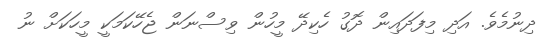
ދިނުމެވެ. އަދި މިފަދައިން ދޮގު ހެކިދޭ މީހުން ވިސްނަން ޖެހޭކަމަކީ މީހަކަށް ނު